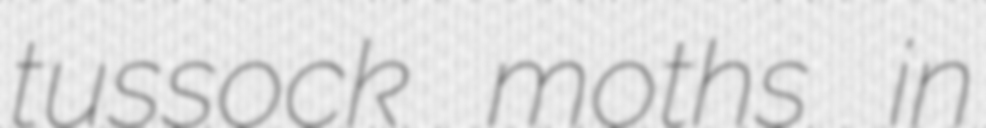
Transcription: tussock moths in